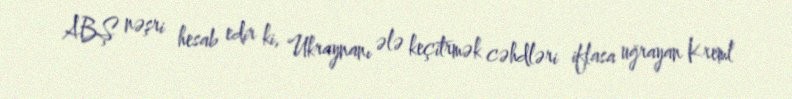
ABŞ nəşri hesab edir ki, Ukraynanı ələ keçitrmək cəhdləri iflasa uğrayan Kreml